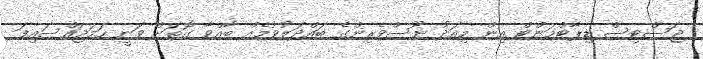
ޖަސްޓިސް ޑިޕާޓްމަންޓް އިން މިއަދު ނޫސްވެރިންގެ ބައްދަލުުވުމެއް ބާއްވާ ގޮތަށް ވަނީ ހަމަޖައްސައިފަ